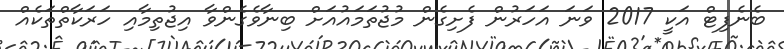
ބެނެފިޓް އަކީ 2017 ވަނަ އަހަރުން ފެށިގެން މުޖުތަމައުއަށް ބިނާވެގެންވާ އިޖުތިމާއި ހަރަކާތްތަކެއް